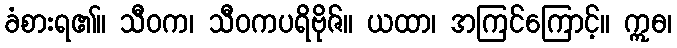
ခံစားရ၏။ သီဝက၊ သီဝကပရိဗိုဇ်။ ယထာ၊ အကြင်ကြောင့်။ ဣဓ၊